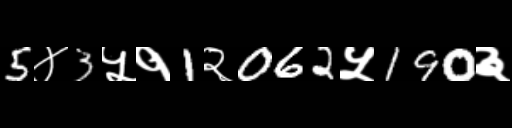
Text: 5४3५१1२062५190३